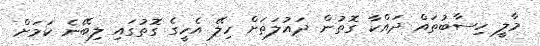
މާލީ ހިސާބުތައް ދައްކާ ގޮތުން ދައުލަތަށް ހިލޭ އެހީގެ ގޮތުގައި ލިބޭނެ ކަމަށް